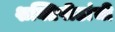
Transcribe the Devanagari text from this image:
शक्तिपीठांची